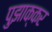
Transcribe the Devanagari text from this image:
पुझाक्कर